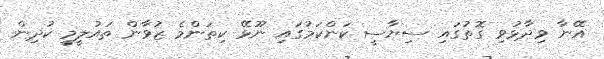
އޭނާ ވިދާޅުވި ގޮތުގައި ސިޔާސީ ކަންކަމުގައި ނޫޅޭ ކިތަންމެ ޒުވާން ތައުލީމީ ކުދިން